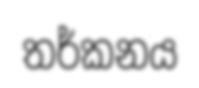
තර්කනය